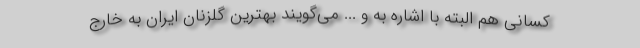
کسانی هم البته با اشاره به و ... می‌گویند بهترین گلزنان ایران به خارج